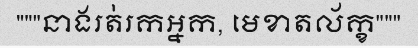
"""នាងរត់រកអ្នក, មេខាតល័ក្ខ"""